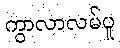
ကွာလာလမ်ပူ